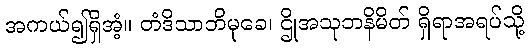
အကယ်၍ရှိအံ့။ တံဒိသာဘိမုခေ၊ ဌိုအသုဘနိမိတ် ရှိရာအရပ်သို့